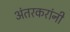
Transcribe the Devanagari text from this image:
अंतरकरांनी